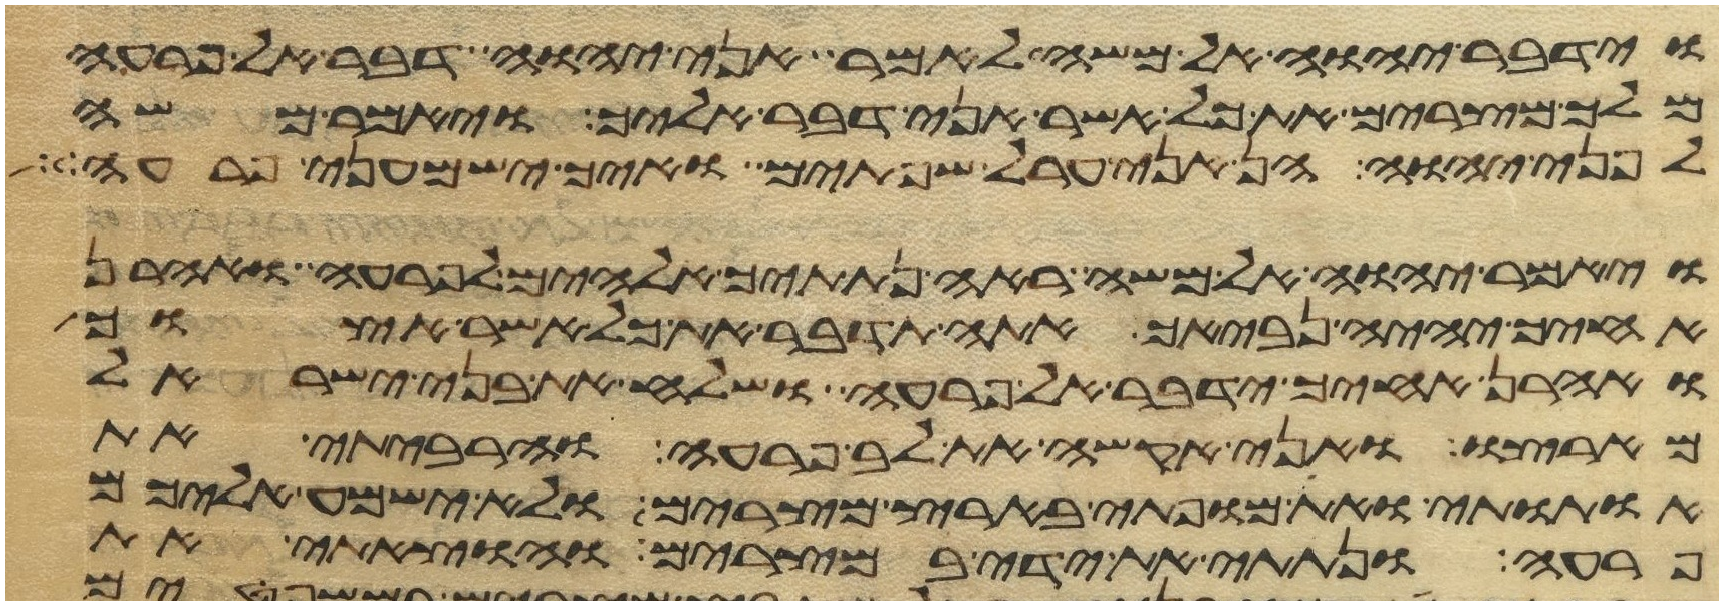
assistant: וידבר יהוה אל משה לאמר אני יהוה דבר אל פרעה
מלך מצרים את כל אשר אני דבר אליך ויאמר משה
לפני יהוה הן אני ערל שפתים ואיך ישמעני פרעה
ויאמר יהוה אל משה ראה נתתיך אלהים לפרעה ואהרן
אחיך יהיה נביאך אתה תדבר את כל אשר אצוך
ואהרן אחיך ידבר אל פרעה ושלח את בני ישראל
מארצו ואני אקשה את לב פרעה והרביתי את
אתותי ואת מופתי בארץ מצרים ולא ישמע אליכם
פרעה ונתתי את ידי במצרים והוצאתי את